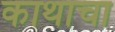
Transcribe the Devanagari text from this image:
काथाचा